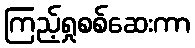
ကြည့်ရှုစစ်ဆေးကာ